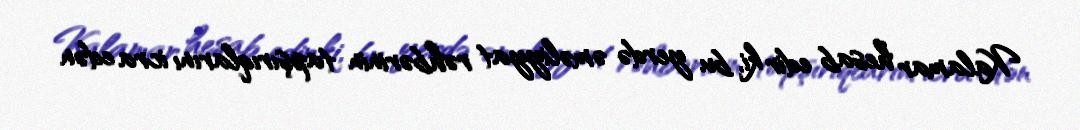
Kalamar hesab edir ki, bu yerdə əməliyyat rəhbərinin tapşırıqlarını icra edən